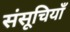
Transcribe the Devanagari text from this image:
संसूचियाँ